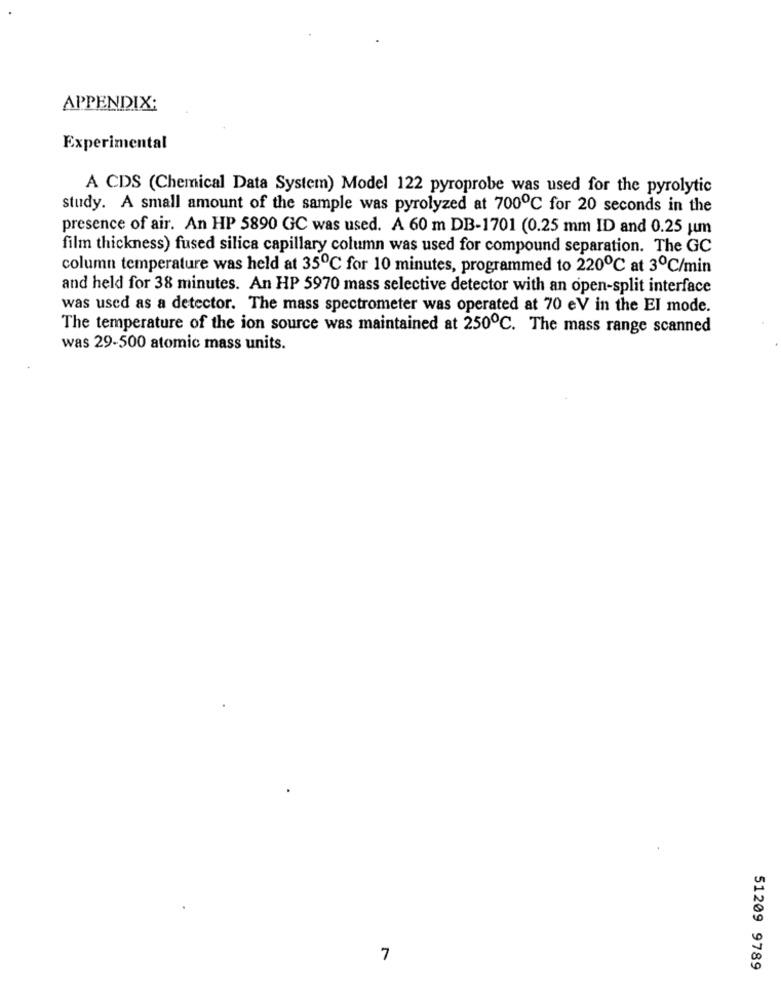
APPENDIX:
Experimental
A CDS (Chemical Data System) Model 122 pyroprobe was used for the pyrolytic
study. A small amount of the sample was pyrolyzed at 700℃ for 20 seconds in the
presence of air. An HP 5890 GC was used. A 60 m DB-1701 (0.25 mm ID and 0.25 um
film thickness) fused silica capillary column was used for compound separation. The GC
column temperature was held at 35℃ for 10 minutes, programmed to 220℃ at 3℃/min
and held for 38 minutes. An HP 5970 mass selective detector with an open-split interface
was used as a detector. The mass spectrometer was operated at 70 eV in the EI mode.
The temperature of the ion source was maintained at 250℃. The mass range scanned
was 29-500 atomic mass units.
7
51209 9789